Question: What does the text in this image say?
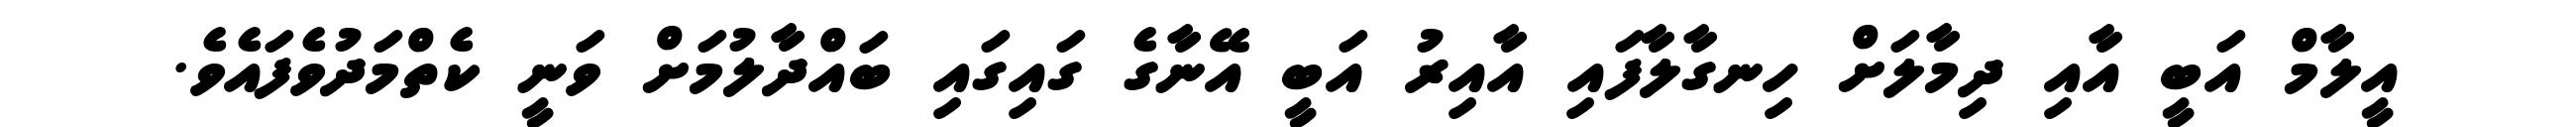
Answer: އީލާމް އަބީ އާއި ދިމާލަށް ހިނގާލާފައި އާއިރު އަބީ އޭނާގެ ގައިގައި ބައްދާލުމަށް ވަނީ ކެތްމަދުވެފައެވެ.